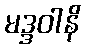
မဒ္ဒဝါနိ